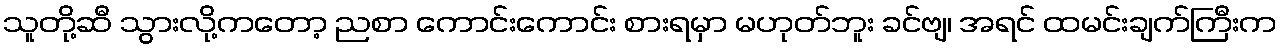
သူတို့ဆီ သွားလို့ကတော့ ညစာ ကောင်းကောင်း စားရမှာ မဟုတ်ဘူး ခင်ဗျ၊ အရင် ထမင်းချက်ကြီးက